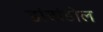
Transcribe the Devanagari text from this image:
डांवांडोल